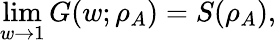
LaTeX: \operatorname*{lim}_{w\to 1}G(w;\rho_{A})=S(\rho_{A}),